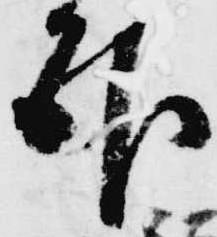
臥